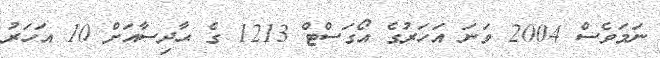
ނަމަވެސް 2004 ވަނަ އަހަރުގެ އޯގަސްޓް 1213 ގެ ޙާދިސާއަށް 10 އަހަރު